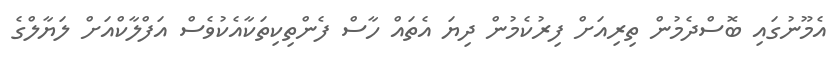
އެމޫނުގައި ބޮސްދެމުން ތިރިއަށް ފިރުކެމުން ދިޔަ އެތައް ހާސް ފެންތިކިތަކާއެކުވެސް އަފްލާކްއަށް ލަޔާލްގެ